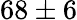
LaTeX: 68\pm 6